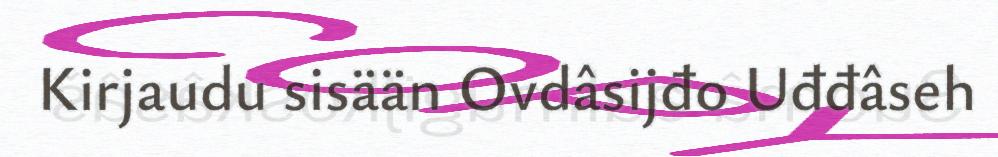
Kirjaudu sisään Ovdâsijđo Uđđâseh